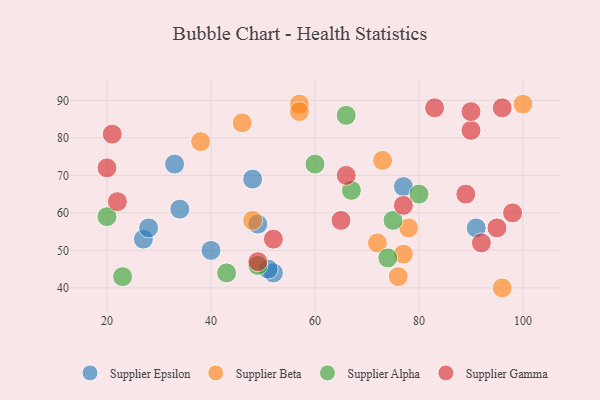
{"axis": {"x": "GDP", "y": "Life Expectancy"}, "legend": ["Supplier Alpha", "Supplier Beta", "Supplier Epsilon", "Supplier Gamma"], "data": [{"x": "52", "y": 44, "type": "Supplier Epsilon"}, {"x": "51", "y": 45, "type": "Supplier Epsilon"}, {"x": "27", "y": 53, "type": "Supplier Epsilon"}, {"x": "28", "y": 56, "type": "Supplier Epsilon"}, {"x": "40", "y": 50, "type": "Supplier Epsilon"}, {"x": "91", "y": 56, "type": "Supplier Epsilon"}, {"x": "34", "y": 61, "type": "Supplier Epsilon"}, {"x": "77", "y": 67, "type": "Supplier Epsilon"}, {"x": "49", "y": 57, "type": "Supplier Epsilon"}, {"x": "33", "y": 73, "type": "Supplier Epsilon"}, {"x": "48", "y": 69, "type": "Supplier Epsilon"}, {"x": "77", "y": 49, "type": "Supplier Beta"}, {"x": "48", "y": 58, "type": "Supplier Beta"}, {"x": "96", "y": 40, "type": "Supplier Beta"}, {"x": "73", "y": 74, "type": "Supplier Beta"}, {"x": "46", "y": 84, "type": "Supplier Beta"}, {"x": "57", "y": 89, "type": "Supplier Beta"}, {"x": "76", "y": 43, "type": "Supplier Beta"}, {"x": "38", "y": 79, "type": "Supplier Beta"}, {"x": "57", "y": 87, "type": "Supplier Beta"}, {"x": "100", "y": 89, "type": "Supplier Beta"}, {"x": "72", "y": 52, "type": "Supplier Beta"}, {"x": "78", "y": 56, "type": "Supplier Beta"}, {"x": "66", "y": 86, "type": "Supplier Alpha"}, {"x": "23", "y": 43, "type": "Supplier Alpha"}, {"x": "74", "y": 48, "type": "Supplier Alpha"}, {"x": "67", "y": 66, "type": "Supplier Alpha"}, {"x": "20", "y": 59, "type": "Supplier Alpha"}, {"x": "60", "y": 73, "type": "Supplier Alpha"}, {"x": "49", "y": 46, "type": "Supplier Alpha"}, {"x": "80", "y": 65, "type": "Supplier Alpha"}, {"x": "43", "y": 44, "type": "Supplier Alpha"}, {"x": "75", "y": 58, "type": "Supplier Alpha"}, {"x": "90", "y": 82, "type": "Supplier Gamma"}, {"x": "83", "y": 88, "type": "Supplier Gamma"}, {"x": "77", "y": 62, "type": "Supplier Gamma"}, {"x": "66", "y": 70, "type": "Supplier Gamma"}, {"x": "89", "y": 65, "type": "Supplier Gamma"}, {"x": "22", "y": 63, "type": "Supplier Gamma"}, {"x": "65", "y": 58, "type": "Supplier Gamma"}, {"x": "98", "y": 60, "type": "Supplier Gamma"}, {"x": "52", "y": 53, "type": "Supplier Gamma"}, {"x": "21", "y": 81, "type": "Supplier Gamma"}, {"x": "90", "y": 87, "type": "Supplier Gamma"}, {"x": "95", "y": 56, "type": "Supplier Gamma"}, {"x": "96", "y": 88, "type": "Supplier Gamma"}, {"x": "20", "y": 72, "type": "Supplier Gamma"}, {"x": "49", "y": 47, "type": "Supplier Gamma"}, {"x": "92", "y": 52, "type": "Supplier Gamma"}]}